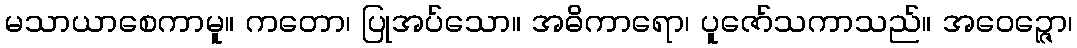
မသာယာစေကာမူ။ ကတော၊ ပြုအပ်သော။ အဓိကာရော၊ ပူဇော်သကာသည်။ အဝေဉ္ဇော၊